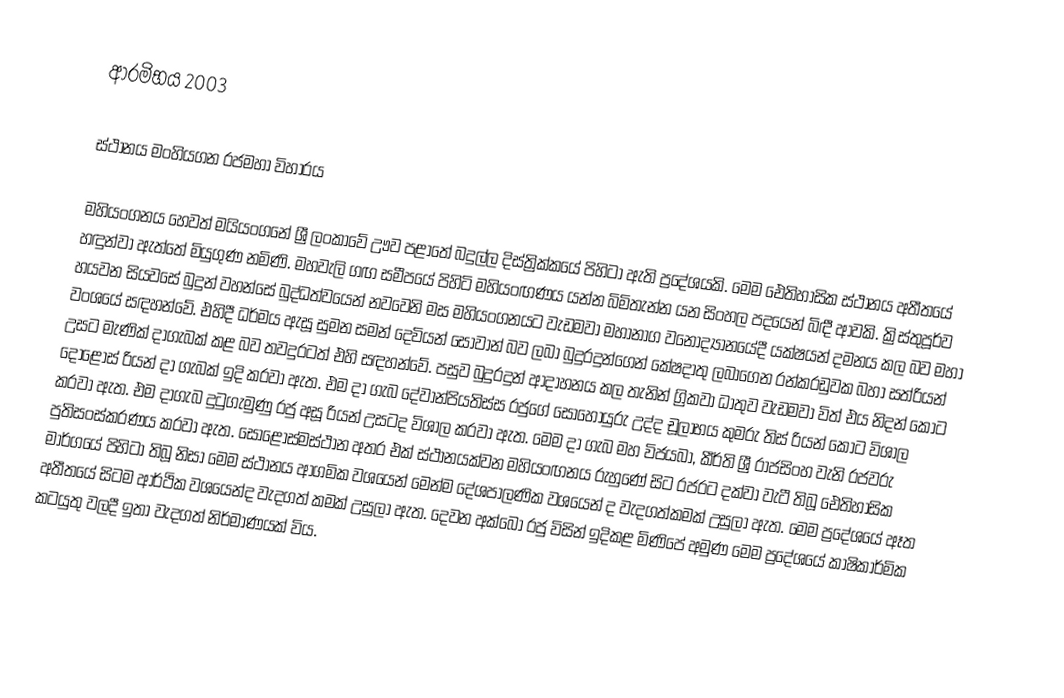
ආරමිභය 2003

ස්ථානය  මංහියගන රජමහා විහාරය

මහියංගනය හෙවත් මයියංගනේ ශ්‍රී ලංකාවේ ඌව පළාතේ බදුල්ල දිස්ත්‍රික්කයේ පිහිටා ඇති ප්‍රදේශයකි. මෙම ඓතිහාසික ස්ථානය අතීතයේ හඳුන්වා ඇත්තේ මියුගුණ නමිණි. මහවැලි ගඟ සමීපයේ පිහිටි මහියංඟණය යන්න බිමිතැන්න යන සිංහල පදයෙන් බිඳී ආවකි. ක්‍රිස්තුපූර්ව හයවන සියවසේ බුදුන් වහන්සේ බුද්ධත්වයෙන් නවවෙනි මස මහියංගනයට වැඩමවා මහානාග වනෝද්‍යානයේදී යක්ෂයන් දමනය කල බව මහා වංශයේ සඳහන්වේ. එහිදී ධර්මය ඇසූ සුමන සමන් දෙවියන් සෝවාන් බව ලබා බුදුරදුන්ගෙන් කේෂදාතු ලබාගෙන රන්කරඩුවක බහා සත්රියන් උසට මැණික් දාගැබක් කළ බව තවදුරටත් එහි සඳහන්වේ. පසුව බුදුරදුන් ආදාහනය කල තැනින් ග්‍රිකවා ධාතුව වැඩමවා විත් එය නිදන් කොට දොළොස් රියන් දා ගැබක් ඉදි කරවා ඇත. එම දා ගැබ දේවාන්පියතිස්ස රජුගේ සොහොයුරු උද්ද චූලාභය කුමරු තිස් රියන් කොට විශාල කරවා ඇත. එම දාගැබ දුටුගැමුණු රජු අසූ රියන් උසටද විශාල කරවා ඇත. මෙම දා ගැබ මහ විජයබා, කීර්ති ශ්‍රී රාජසිංහ වැනි රජවරු පුතිසංස්කරණය කරවා ඇත. සොළොස්මස්ථාන අතර එක් ස්ථානයක්වන මහියංඟනය රුහුණේ සිට රජරට දක්වා වැටී තිබූ ඓතිහාසික මාර්ගයේ පිහිටා තිබූ නිසා මෙම ස්ථානය ආගමික වශයෙන් මෙන්ම දේශපාලණික වශයෙන් ද වැදගත්කමක් උසුලා ඇත. මෙම ප්‍රදේශයේ ඈත අතීතයේ සිටම ආර්ථික වශයෙන්ද වැදගත් කමක් උසුලා ඇත. දෙවන අක්බො රජු විසින් ඉදිකළ මිණිපේ අමුණ මෙම ප්‍රදේශයේ කාෂිකාර්මික කටයුතු වලදී ඉතා වැදගත් නිර්මාණයක් විය.